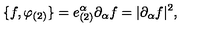
\{ f , \varphi _ { ( 2 ) } \} = e _ { ( 2 ) } ^ { \alpha } \partial _ { \alpha } f = | \partial _ { \alpha } f | ^ { 2 } ,